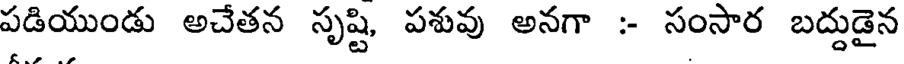
పడియుండు అచేతన సృష్టి పశువు అనగా :- సంసార బద్దుడైన